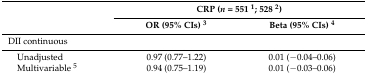
<table><thead><tr><td rowspan="2"></td><td colspan="2"><b>CRP (<i>n</i> = 551 <sup>1</sup>; 528 <sup>2</sup>)</b></td></tr><tr><td><b>OR (95% CIs) <sup>3</sup></b></td><td><b>Beta (95% CIs) <sup>4</sup></b></td></tr></thead><tbody><tr><td>DII continuous</td><td></td><td></td></tr><tr><td> Unadjusted</td><td>0.97 (0.77–1.22)</td><td>0.01 (−0.04–0.06)</td></tr><tr><td> Multivariable <sup>5</sup></td><td>0.94 (0.75–1.19)</td><td>0.01 (−0.03–0.06)</td></tr></tbody></table>